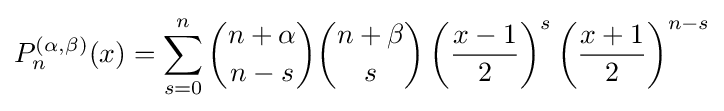
P_{n}^{(\alpha ,\beta )}(x)=\sum _{s=0}^{n}{n+\alpha  \choose n-s}{n+\beta  \choose s}\left({\frac {x-1}{2}}\right)^{s}\left({\frac {x+1}{2}}\right)^{n-s}